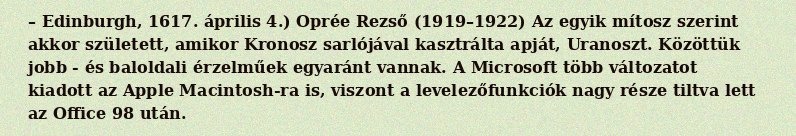
– Edinburgh, 1617. április 4.) Oprée Rezső (1919–1922) Az egyik mítosz szerint akkor született, amikor Kronosz sarlójával kasztrálta apját, Uranoszt. Közöttük jobb - és baloldali érzelműek egyaránt vannak. A Microsoft több változatot kiadott az Apple Macintosh-ra is, viszont a levelezőfunkciók nagy része tiltva lett az Office 98 után.